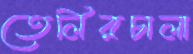
তেলিরচালা